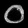
Digit: ၀